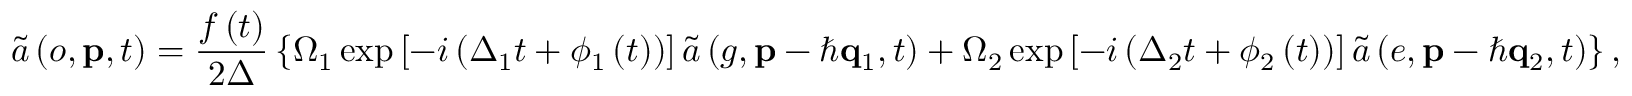
\tilde { a } \left( o , \mathbf { p } , t \right) = \frac { f \left( t \right) } { 2 \Delta } \left\{ \Omega _ { 1 } \exp \left[ - i \left( \Delta _ { 1 } t + \phi _ { 1 } \left( t \right) \right) \right] \tilde { a } \left( g , \mathbf { p } - \hbar \mathbf { q } _ { 1 } , t \right) + \Omega _ { 2 } \exp \left[ - i \left( \Delta _ { 2 } t + \phi _ { 2 } \left( t \right) \right) \right] \tilde { a } \left( e , \mathbf { p } - \hbar \mathbf { q } _ { 2 } , t \right) \right\} ,